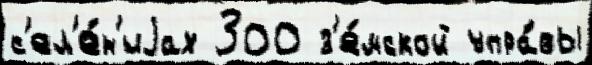
с'ел'е́н'иjах 300 з'е́мской упра́вы